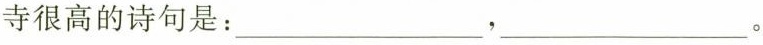
寺很高的诗句是：___，___。